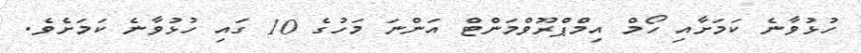
ހުޅުވާނެ ކަމަށާއި ހޯމް އިމްޕްރޫވްމަންޓް އަންނަ މަހުގެ 10 ގައި ހުޅުވާނެ ކަމަށެވެ.